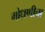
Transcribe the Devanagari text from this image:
गोधणीचा